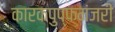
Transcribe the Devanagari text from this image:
कारकपुप्फमंजरी